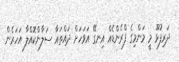
ދަރިފުޅޫ މީ މަންމިގެ ފްރެންޑެއް އިނގޭ އަވަހަށް ދައްތައާ ސަލާންކޮއްލާ އަހަރެން